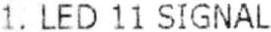
1. LED 11 SIGNAL